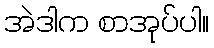
အဲဒါက စာအုပ်ပါ။